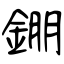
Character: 錋